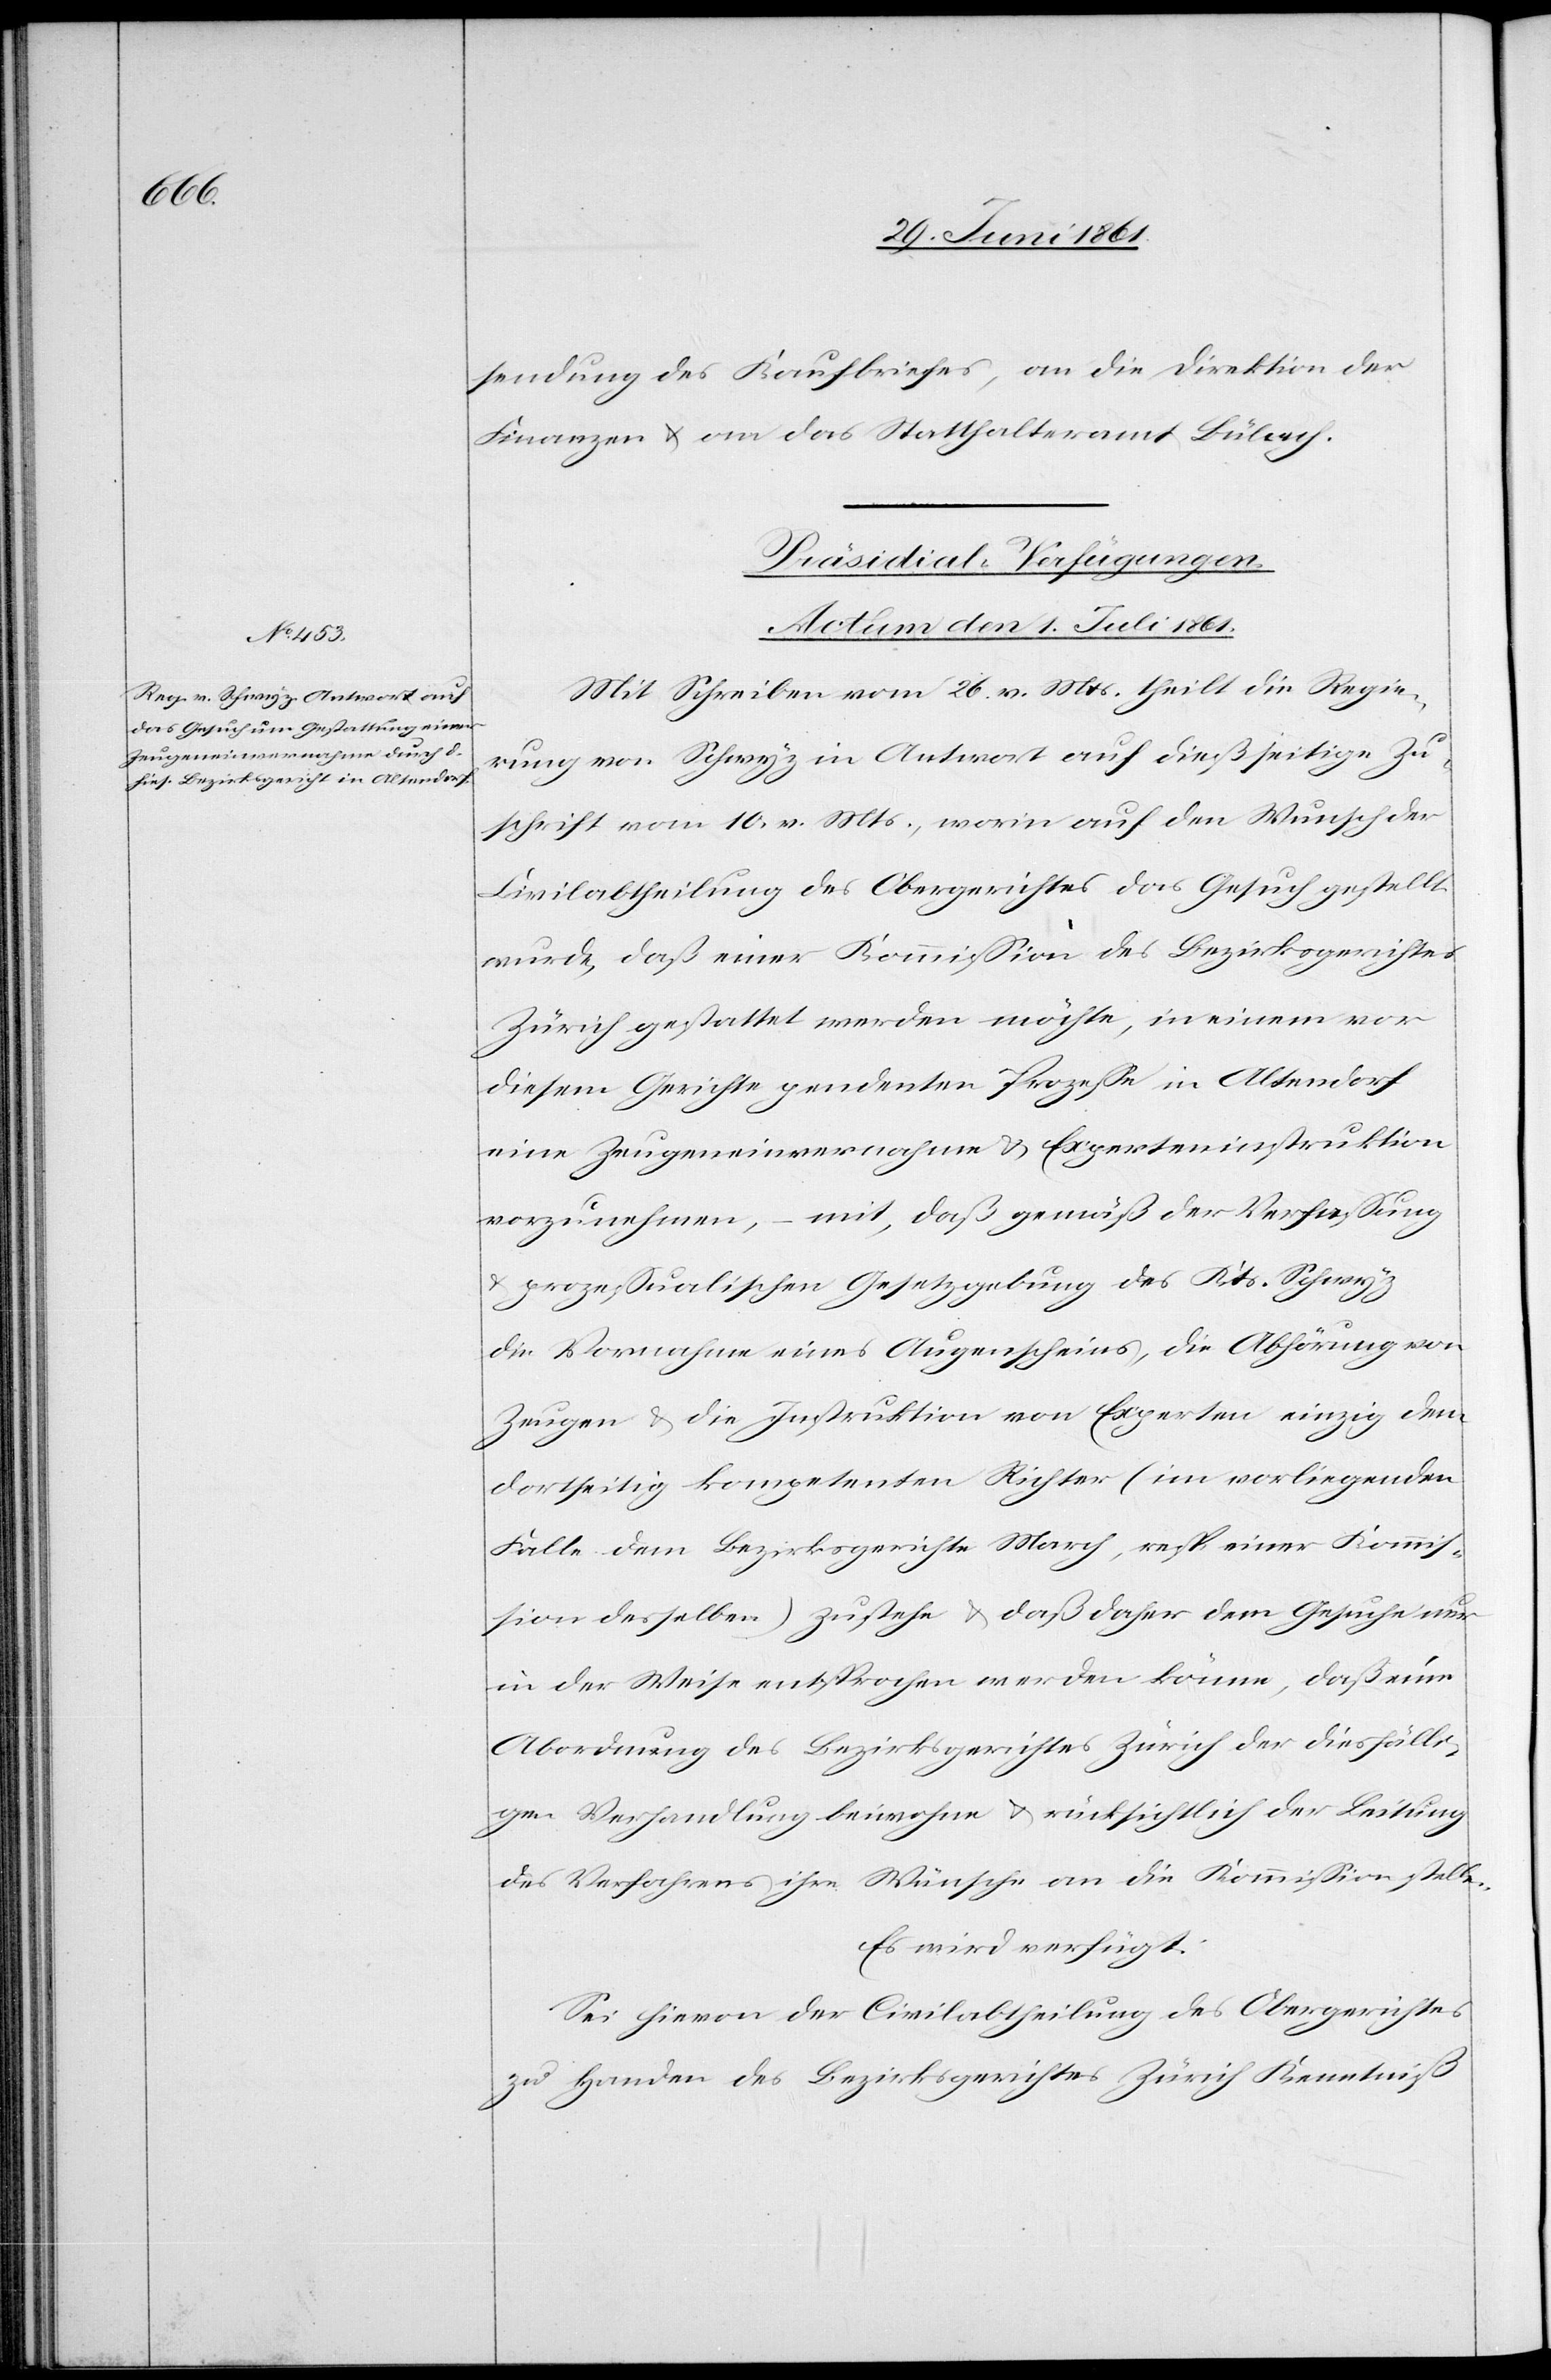
stellung des Kaufbriefes, an die Direktion der
Finanzen u. an das Statthalteramt Bülach.
Präsidial-Verfügungen.
Actum den 1. Juli 1861.
Mit Schreiben vom 26. v. Mts. theilt die Regie¬
rung von Schwyz in Antwort auf dießseitige Zu¬
schrift vom 10. v. Mts., worin auf den Wunsch der
Civilabtheilung des Obergerichtes das Gesuch gestellt
wurde, daß einer Kommission des Bezirksgerichtes
Zürich gestattet werden möchte, in einem vor
diesem Gerichte pendenter Prozesse in Altendorf
eine Zeugeneinvernahme u. Experteninstruktion
vorzunehmen, mit, daß gemäß der Verfassung
u.
prozessualischen Gesetzgebung des Kts. Schwyz
die Vornahme eines Augenscheines, die Abhörung von
Zeugen u. die Instruktion von Experten einzig dem
dortseitig kompetenten Richter (im vorliegenden
Falle dem Bezirksgerichte March, resp. einer Kommis¬
sion desselben) zustehe u. daß daher dem Gesuche nur
in der Weise entsprochen werden könne, daß eine
Abordnung des Bezirksgerichtes Zürich der diesfälli¬
gen Verhandlung beiwohne u. rücksichtlich der Leitung
des Verfahrens ihre Wünsche an die Kommission stelle.
Es wird verfügt:
Sei hievon der Civilabtheilung des Obergerichtes
zu Handen des Bezirksgerichtes Zürich Kenntniß